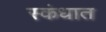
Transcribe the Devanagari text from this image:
स्कंधात